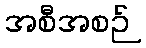
အစီအစဉ်